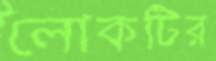
লোকটির